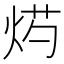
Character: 烵